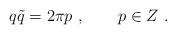
LaTeX: \begin{align*}q\tilde q = 2\pi p\ , \qquad p\in Z \ .\end{align*}